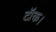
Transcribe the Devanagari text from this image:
टॉक।